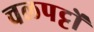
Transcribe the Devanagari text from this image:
चलपट्टों